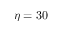
\eta = 3 0